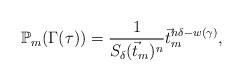
LaTeX: \begin{align*}\mathbb{P}_{m}(\Gamma(\tau))=\frac{1}{S_{\delta}(\vec{t}_{m})^{n}}\vec{t}_{m}^{n\delta-w(\gamma)},\end{align*}